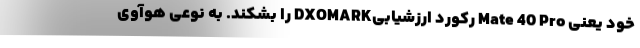
خود یعنی Mate 40 Pro رکورد ارزشیابیDXOMARK را بشکند. به نوعی هوآوی